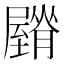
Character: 𦢡